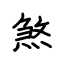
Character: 煞